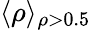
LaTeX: \langle\rho\rangle_{\rho>0.5}